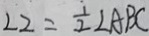
\angle 2 = \frac { 1 } { 2 } \angle A B C